Vaccination United Provinces of Agra and Oudh 1902-1913 - 1902-1913
Year: 1902
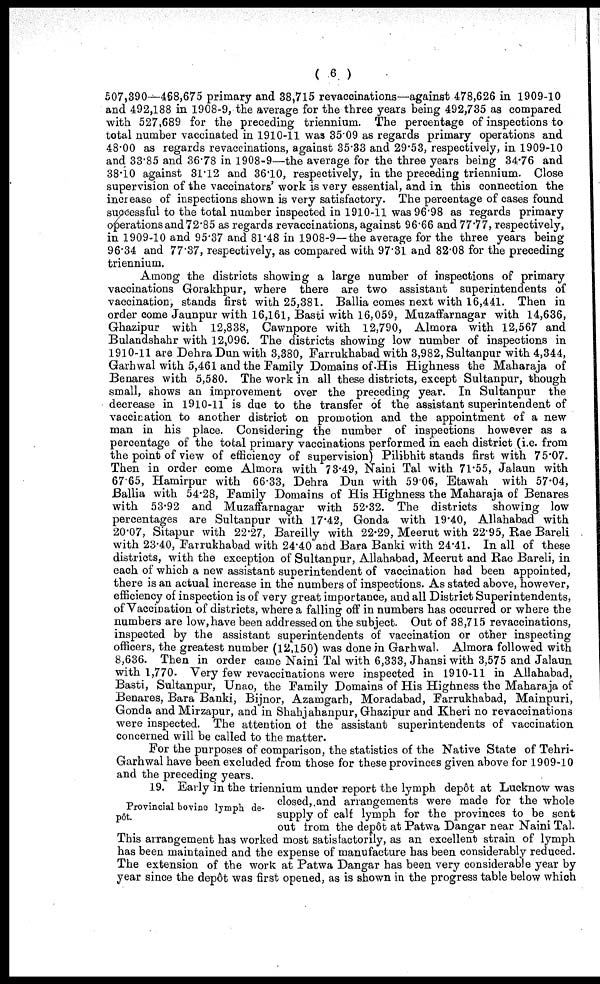
( 6 )
507,390—468,675 primary and 38,715 revaccinations—against 478,626 in 1909-10
and 492,188 in 1908-9, the average for the three years being 492,735 as compared
with 527,689 for the preceding triennium. The percentage of inspections to
total number vaccinated in 1910-11 was 35.09 as regards primary operations and
48.00 as regards revaccinations, against 35.33 and 29.53, respectively, in 1909-10
and 33.85 and 36.78 in 1908-9—the average for the three years being 34.76 and
38.10 against 31.12 and 36.10, respectively, in the preceding triennium. Close
supervision of the vaccinators' work is very essential, and in this connection the
increase of inspections shown is very satisfactory. The percentage of cases found
successful to the total number inspected in 1910-11 was 96.98 as regards primary
operations and 72.85 as regards revaccinations, against 96.66 and 77.77, respectively,
in 1909-10 and 95.37 and 81.48 in 1908-9—the average for the three years being
96.34 and 77.37, respectively, as compared with 97.31 and 82.08 for the preceding
triennium.
Among the districts showing a large number of inspections of primary
vaccinations Gorakhpur, where there are two assistant superintendents of
vaccination, stands first with 25,381. Ballia comes next with 16,441. Then in
order come Jaunpur with 16,161, Basti with 16,059, Muzaffarnagar with 14,636,
Ghazipur with 12,838, Cawnpore with 12,790, Almora with 12,567 and
Bulandshahr with 12,096. The districts showing low number of inspections in
1910-11 are Dehra Dun with 3,380, Farrukhabad with 3,982, Sultanpur with 4,344,
Garhwal with 5,461 and the Family Domains of His Highness the Maharaja of
Benares with 5,580. The work in all these districts, except Sultanpur, though
small, shows an improvement over the preceding year. In Sultanpur the
decrease in 1910-11 is due to the transfer of the assistant superintendent of
vaccination to another district on promotion and the appointment of a new
man in his place. Considering the number of inspections however as a
percentage of the total primary vaccinations performed in each district (i.e. from
the point of view of efficiency of supervision) Pilibhit stands first with 75.07.
Then in order come Almora with 73.49, Naini Tal with 71.55, Jalaun with
67.65, Hamirpur with 66.33, Dehra Dun with 59.06, Etawah with 57.04,
Ballia with 54.28, Family Domains of His Highness the Maharaja of Benares
with 53.92 and Muzaffarnagar with 52.32. The districts showing low
percentages are Sultanpur with 17.42, Gonda with 19.40, Allahabad with
20.07, Sitapur with 22.27, Bareilly with 22.29, Meerut with 22.95, Rae Bareli
with 23.40, Farrukhabad with 24.40 and Bara Banki with 24.41. In all of these
districts, with the exception of Sultanpur, Allahabad, Meerut and Rae Bareli, in
each of which a new assistant superintendent of vaccination had been appointed,
there is an actual increase in the numbers of inspections. As stated above, however,
efficiency of inspection is of very great importance, and all District Superintendents,
of Vaccination of districts, where a falling off in numbers has occurred or where the
numbers are low, have been addressed on the subject. Out of 38,715 revaccinations,
inspected by the assistant superintendents of vaccination or other inspecting
officers, the greatest number (12,150) was done in Garhwal. Almora followed with
8,636. Then in order came Naini Tal with 6,333, Jhansi with 3,575 and Jalaun
with 1,770. Very few revaccinations were inspected in 1910-11 in Allahabad,
Basti, Sultanpur, Unao, the Family Domains of His Highness the Maharaja of
Benares, Bara Banki, Bijnor, Azamgarh, Moradabad, Farrukhabad, Mainpuri,
Gonda and Mirzapur, and in Shahjahanpur, Ghazipur and Kheri no revaccinations
were inspected. The attention of the assistant superintendents of vaccination
concerned will be called to the matter.
For the purposes of comparison, the statistics of the Native State of Tehri-
Garhwal have been excluded from those for these provinces given above for 1909-10
and the preceding years.
Provincial bovine lymph de-
pôt.
19. Early in the triennium under report the lymph depôt at Lucknow was
closed, and arrangements were made for the whole
supply of calf lymph for the provinces to be sent
out from the depôt at Patwa Dangar near Naini Tal.
This arrangement has worked most satisfactorily, as an excellent strain of lymph
has been maintained and the expense of manufacture has been considerably reduced.
The extension of the work at Patwa Dangar has been very considerable year by
year since the depôt was first opened, as is shown in the progress table below which